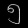
Digit: ၅